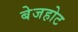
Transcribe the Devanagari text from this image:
बेजहोट